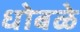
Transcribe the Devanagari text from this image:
धोबळे